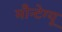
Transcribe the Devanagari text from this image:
मौन्टेग्यू